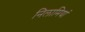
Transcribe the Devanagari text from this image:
निलामियां